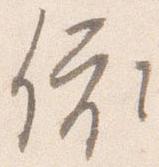
依